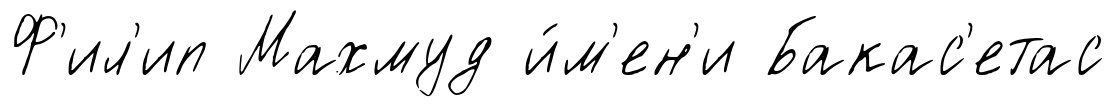
Ф'ил'ип Махмуд и́м'ен'и Бакас'етас